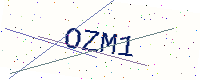
Text: OZM1